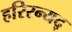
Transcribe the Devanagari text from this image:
हरिरन्यद्